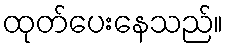
ထုတ်ပေးနေသည်။